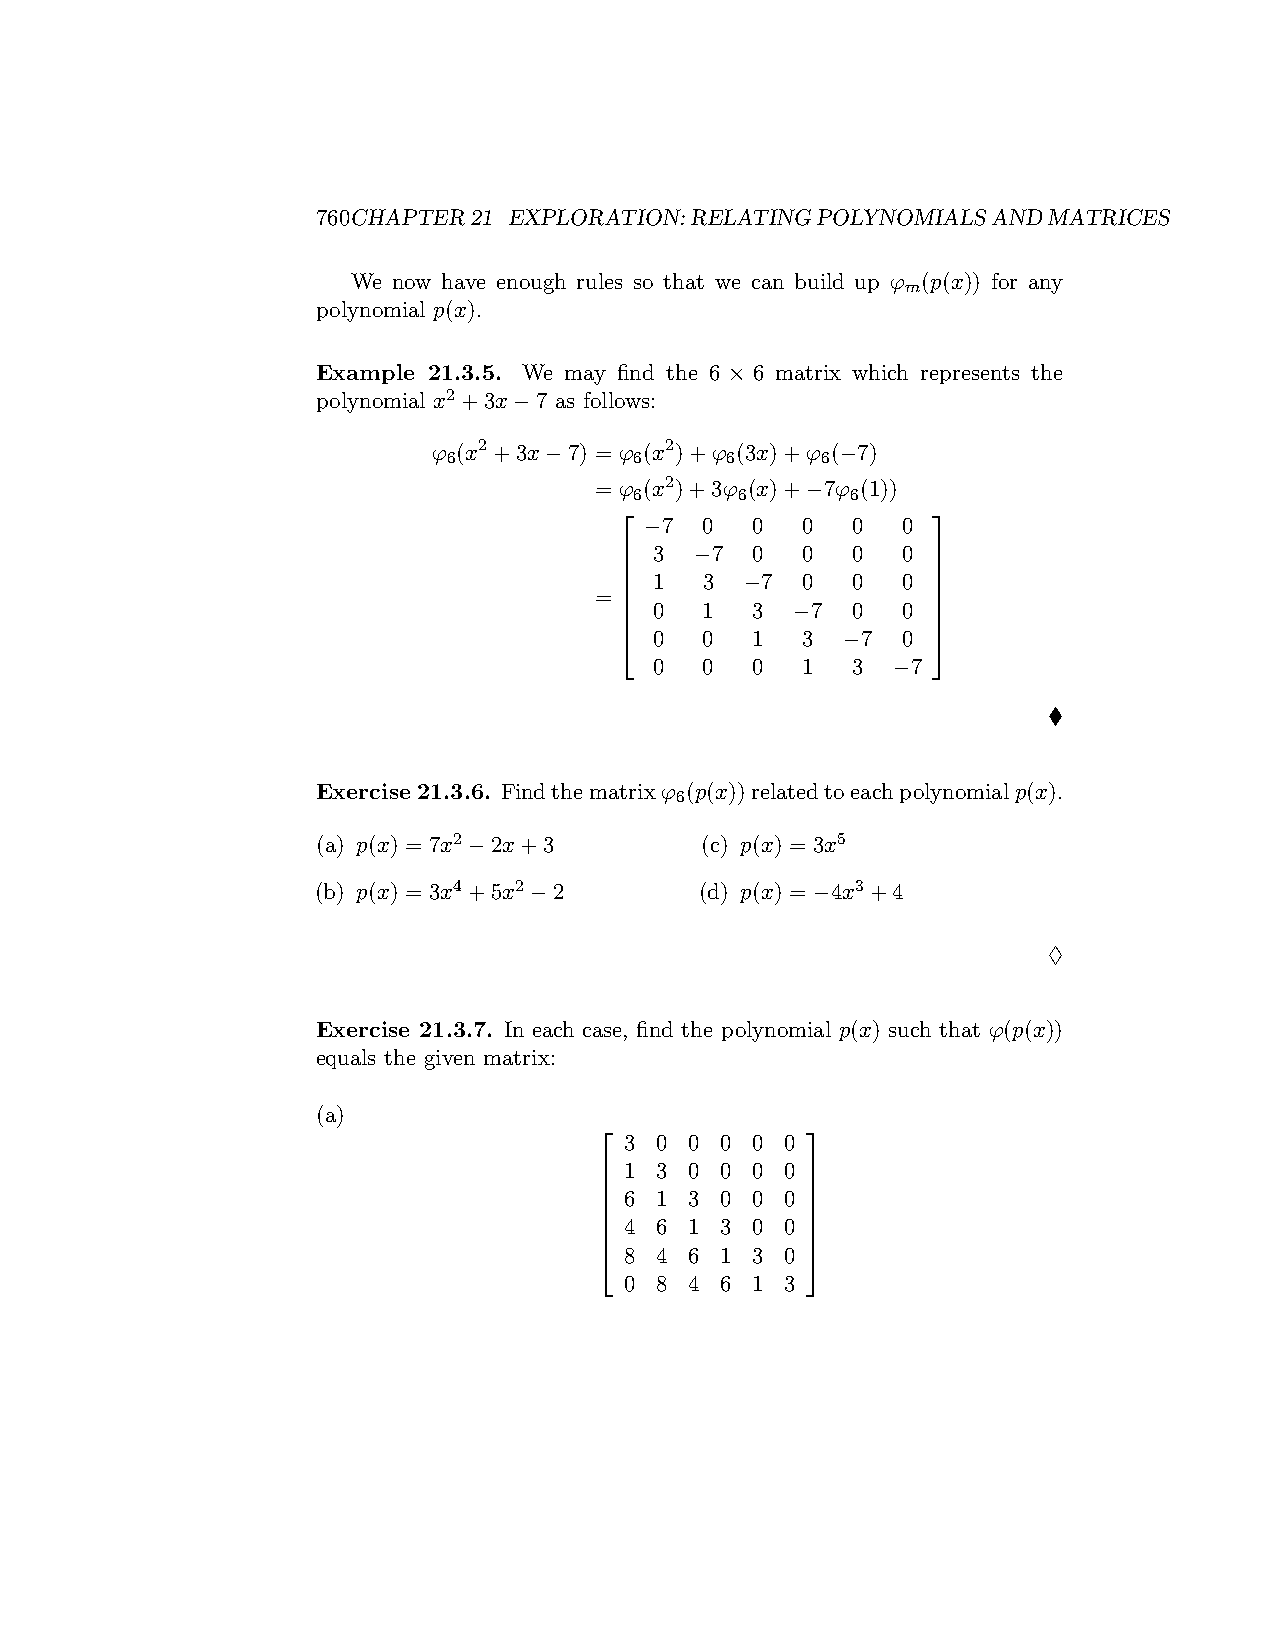
760CHAPTER21 EXPLORATION:RELATINGPOLYNOMIALSANDMATRICES
 We now have enough rules so that we can build up φ (p(x)) for any
 m
 polynomial p(x).
 Example 21.3.5. We may find the 6 × 6 matrix which represents the
 polynomial x2+3x−7 as follows:
 φ (x2+3x−7) = φ (x2)+φ (3x)+φ (−7)
 6           6     6     6
 = φ (x2)+3φ (x)+−7φ (1))
 6      6      6
                     
 −7  0  0  0  0   0
  3  −7  0  0  0   0 
                     
  1   3 −7  0  0   0 
 =                     
  0   1  3  −7 0   0 
                     
  0   0  1  3  −7  0 
 0   0  0  1  3  −7
 ♦
 Exercise 21.3.6. Findthematrixφ (p(x))relatedtoeachpolynomialp(x).
 6
 (a) p(x) = 7x2−2x+3      (c) p(x) = 3x5
 (b) p(x) = 3x4+5x2−2     (d) p(x) = −4x3+4
 ♢
 Exercise 21.3.7. In each case, find the polynomial p(x) such that φ(p(x))
 equals the given matrix:
 (a)
             
 3 0  0 0 0 0
  1 3 0 0 0 0 
             
  6 1 3 0 0 0 
             
  4 6 1 3 0 0 
             
  8 4 6 1 3 0 
 0 8  4 6 1 3